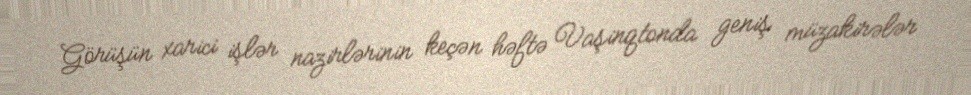
Görüşün xarici işlər nazirlərinin keçən həftə Vaşinqtonda geniş müzakirələr